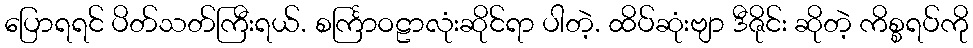
ပြောရရင် ပိတ်သတ်ကြီးရယ်. စင်္ကြာဝဠာလုံးဆိုင်ရာ ပါတဲ့. ထိပ်ဆုံးဗျာ ဒီဇိုင်း ဆိုတဲ့ ကိစ္စရပ်ကို